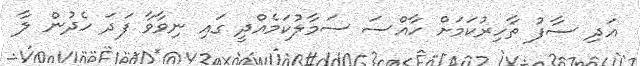
އަދި ސާފު ތާހިރުކަމަށް ހާއްސަ ސަމާލުކަމެއްދީ ގައި ނިވާވާ ފަދަ ހެދުން ލާ